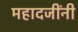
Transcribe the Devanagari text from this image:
महादजींनी